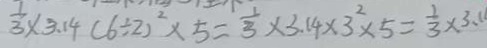
\frac { 1 } { 3 } \times 3 . 1 4 ( 6 \div 2 ) ^ { 2 } \times 5 = \frac { 1 } { 3 } \times 3 . 1 4 \times 3 ^ { 2 } \times 5 = \frac { 1 } { 3 } \times 3 . 1